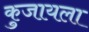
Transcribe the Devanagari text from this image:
कुजायला